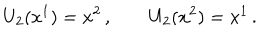
U _ { 2 } ( x ^ { 1 } ) = x ^ { 2 } \, , \qquad U _ { 2 } ( x ^ { 2 } ) = x ^ { 1 } \, .